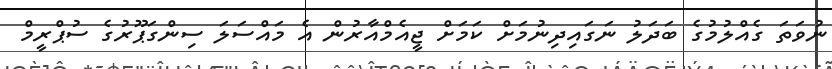
ނުވަތަ ގެއްލުމުގެ ބަދަލު ނަގައިދިނުމަށް ކަމަށް ޖީއެމްއާރުން އެ މައްސަލަ ސިންގަޕޫރުގެ ސުޕްރީމް